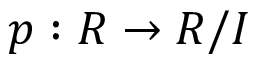
p : R \to R / I